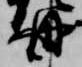
冊